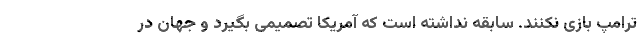
ترامپ بازی نکنند. سابقه نداشته است که آمریکا تصمیمی بگیرد و جهان در